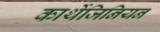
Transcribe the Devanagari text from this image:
कार्थेजिनियन